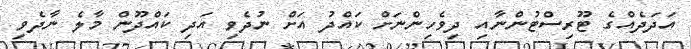
އަދަދެއްގެ ޓޫރިސްޓުންނާއި ދިވެހިންނަށް ކައްދު އަށް ނުދެވި އަދި ކައްދޫން މާލެ ނާދެވި